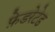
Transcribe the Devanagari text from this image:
फ़ेडरेटेड